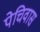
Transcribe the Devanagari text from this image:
पेचिवास